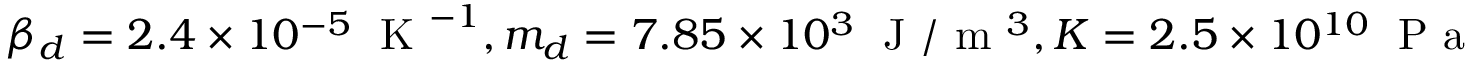
\beta _ { d } = 2 . 4 \times 1 0 ^ { - 5 } \; \mathrm { ~ K ~ } ^ { - 1 } , m _ { d } = 7 . 8 5 \times 1 0 ^ { 3 } \; \mathrm { ~ J ~ } / \mathrm { ~ m ~ } ^ { 3 } , K = 2 . 5 \times 1 0 ^ { 1 0 } \; \mathrm { ~ P ~ a ~ }